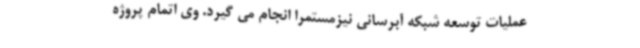
عملیات توسعه شبکه آبرسانی نیزمستمرا انجام می گیرد. وی اتمام پروژه